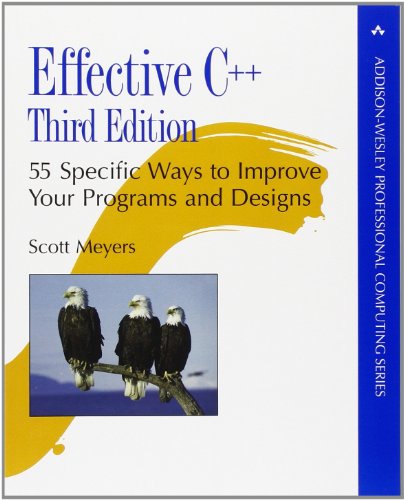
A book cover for Effective C++: 55 Specific Ways to Improve Your Programs and Designs (3rd Edition); Scott Meyers; Computers & Technology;